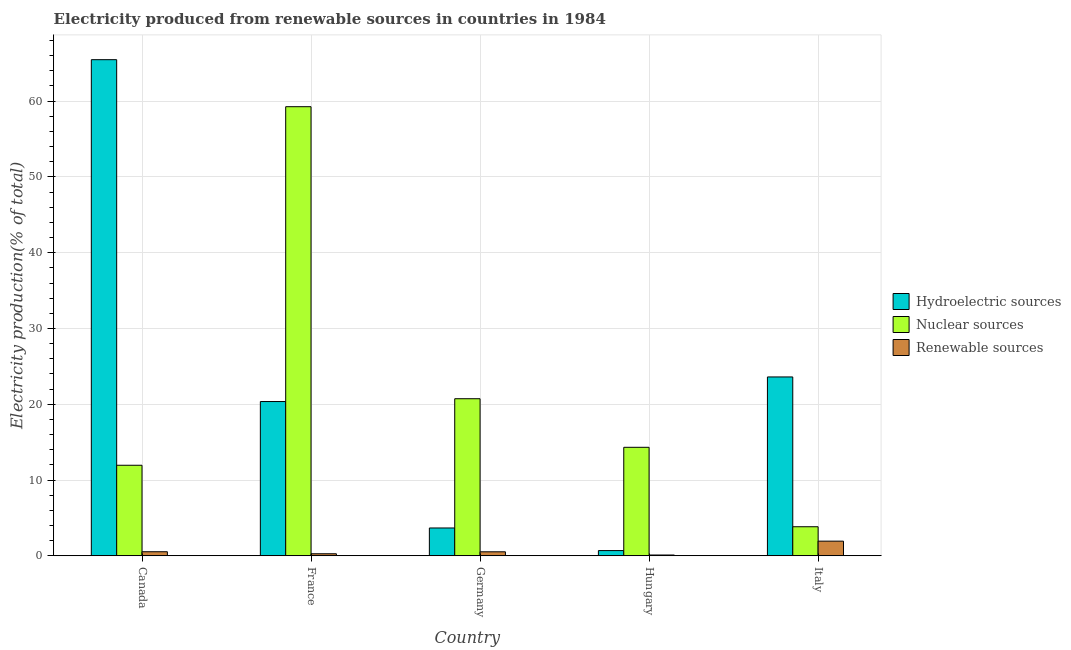
| Country | Hydroelectric sources | Nuclear sources | Renewable sources |
 | --- | --- | --- | --- |
 | Canada | 65.5 | 11.9 | 0.535 |
 | France | 20.4 | 59.3 | 0.268 |
 | Germany | 3.67 | 20.7 | 0.526 |
 | Hungary | 0.688 | 14.3 | 0.103 |
 | Italy | 23.6 | 3.83 | 1.93 |